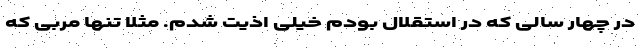
در چهار سالی که در استقلال بودم خیلی اذیت شدم. مثلاً تنها مربی که